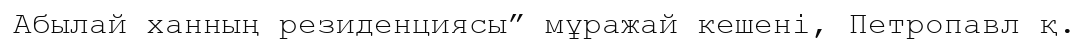
Абылай ханның резиденциясы” мұражай кешені, Петропавл қ.